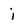
Character: j